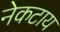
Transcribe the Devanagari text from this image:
नेकटाय